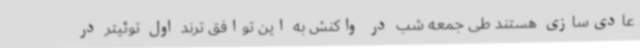
عادی‌سازی هستند طی جمعه شب در واکنش به این توافق ترند اول توئیتر در